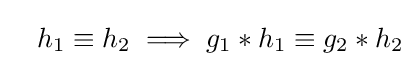
\ \ \,h_{1}\equiv h_{2}\implies g_{1}\ast h_{1}\equiv g_{2}\ast h_{2}